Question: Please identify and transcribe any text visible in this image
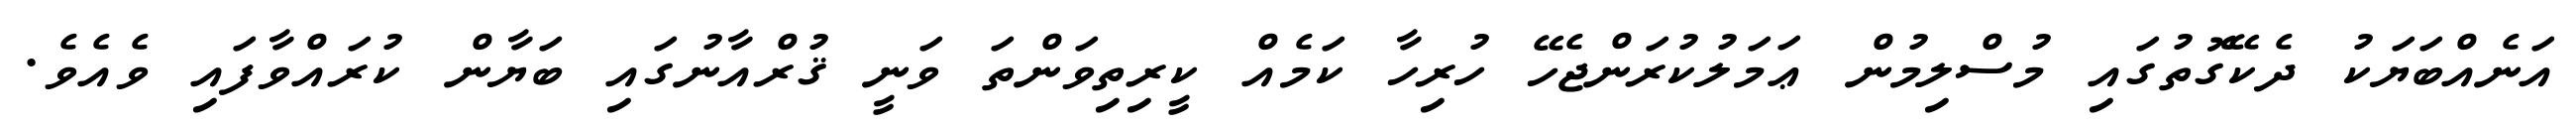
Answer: އަނެއްބަޔަކު ދެކޭގޮތުގައި މުސްލިމުން ޢަމަލުކުރަންޖެހޭ ހުރިހާ ކަމެއް ކީރިތިވަންތަ ވަނީ ޤުރްއާނުގައި ބަޔާން ކުރައްވާފައި ވެއެވެ.